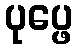
ပုပ္ဖေ